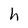
Character: h